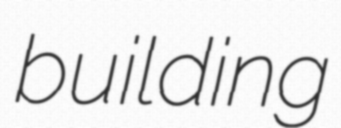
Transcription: building